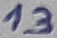
Text: 13